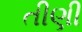
તીણી